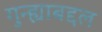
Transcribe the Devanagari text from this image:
गुन्ह्याबद्दल